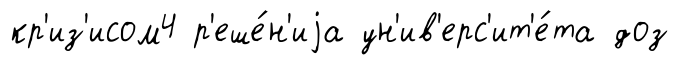
кр'из'исом4 р'еше́н'иjа ун'ив'ерс'ит'е́та доз